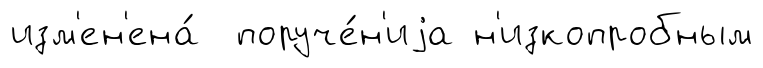
изм'ен'ена́ поруче́н'иjа н'изкопробным